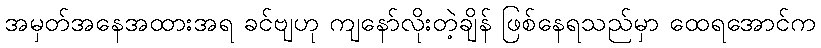
အမှတ်အနေအထားအရ ခင်ဗျဟု ကျနော်လိုးတဲ့ချိန် ဖြစ်နေရသည်မှာ ထေရအောင်က